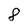
Character: 8